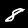
Label: 8